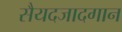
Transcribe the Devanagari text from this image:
सैयदजादगान